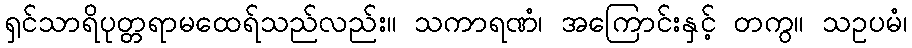
ရှင်သာရိပုတ္တရာမထေရ်သည်လည်း။ သကာရဏံ၊ အကြောင်းနှင့် တကွ။ သဥပမံ၊